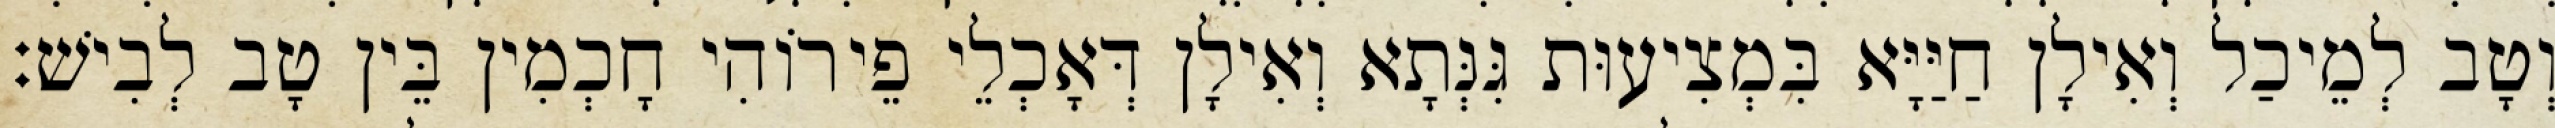
וְטָב לְמֵיכַל וְאִילָן חַיַּיָּא בִּמְצִיעוּת גִּנְּתָא וְאִילָן דְּאָכְלֵי פֵירוֹהִי חָכְמִין בֵּין טָב לְבִישׁ׃